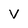
Character: V